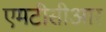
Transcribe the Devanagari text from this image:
एमटीसीआर